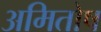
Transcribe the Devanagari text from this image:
अमितोष